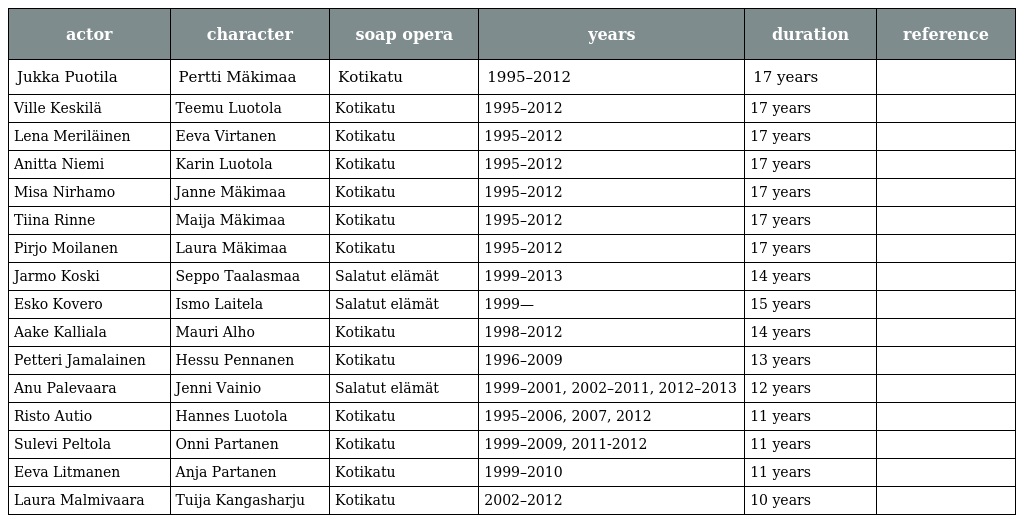
| actor | character | soap opera | years | duration | reference |
 | --- | --- | --- | --- | --- | --- |
 | Jukka Puotila | Pertti Mäkimaa | Kotikatu | 1995–2012 | 17 years |  |
 | Ville Keskilä | Teemu Luotola | Kotikatu | 1995–2012 | 17 years |  |
 | Lena Meriläinen | Eeva Virtanen | Kotikatu | 1995–2012 | 17 years |  |
 | Anitta Niemi | Karin Luotola | Kotikatu | 1995–2012 | 17 years |  |
 | Misa Nirhamo | Janne Mäkimaa | Kotikatu | 1995–2012 | 17 years |  |
 | Tiina Rinne | Maija Mäkimaa | Kotikatu | 1995–2012 | 17 years |  |
 | Pirjo Moilanen | Laura Mäkimaa | Kotikatu | 1995–2012 | 17 years |  |
 | Jarmo Koski | Seppo Taalasmaa | Salatut elämät | 1999–2013 | 14 years |  |
 | Esko Kovero | Ismo Laitela | Salatut elämät | 1999— | 15 years |  |
 | Aake Kalliala | Mauri Alho | Kotikatu | 1998–2012 | 14 years |  |
 | Petteri Jamalainen | Hessu Pennanen | Kotikatu | 1996–2009 | 13 years |  |
 | Anu Palevaara | Jenni Vainio | Salatut elämät | 1999–2001, 2002–2011, 2012–2013 | 12 years |  |
 | Risto Autio | Hannes Luotola | Kotikatu | 1995–2006, 2007, 2012 | 11 years |  |
 | Sulevi Peltola | Onni Partanen | Kotikatu | 1999–2009, 2011-2012 | 11 years |  |
 | Eeva Litmanen | Anja Partanen | Kotikatu | 1999–2010 | 11 years |  |
 | Laura Malmivaara | Tuija Kangasharju | Kotikatu | 2002–2012 | 10 years |  |